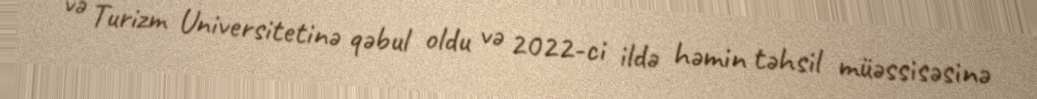
və Turizm Universitetinə qəbul oldu və 2022-ci ildə həmin təhsil müəssisəsinə